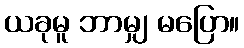
ယခုမူ ဘာမျှ မပြော။